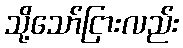
သို့သော်ငြားလည်း